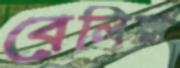
বেলিয়া